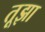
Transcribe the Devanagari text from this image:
तूझा